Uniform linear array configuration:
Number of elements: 48
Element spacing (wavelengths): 0.75
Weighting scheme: kaiser
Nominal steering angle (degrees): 15
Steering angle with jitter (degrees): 15.335
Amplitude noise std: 0.05
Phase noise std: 0.05

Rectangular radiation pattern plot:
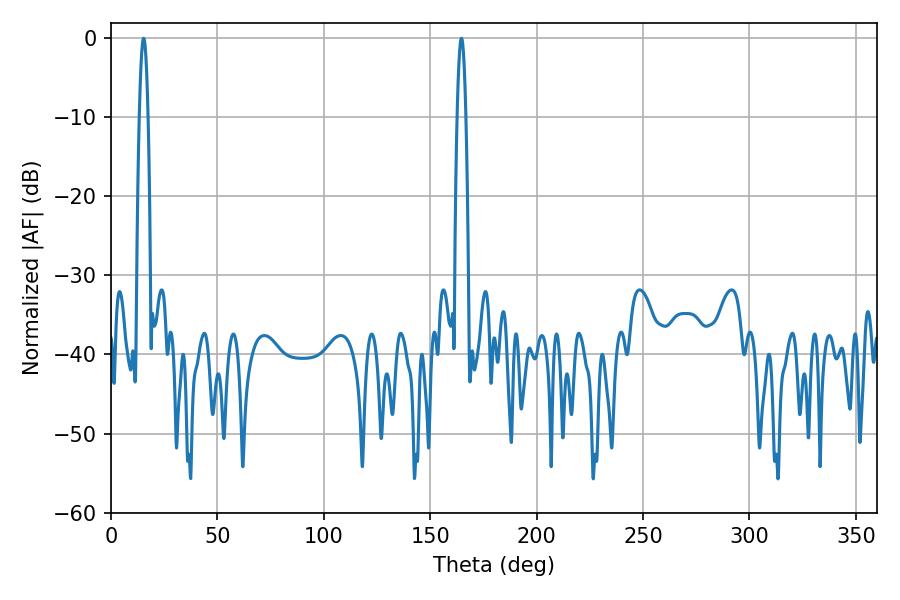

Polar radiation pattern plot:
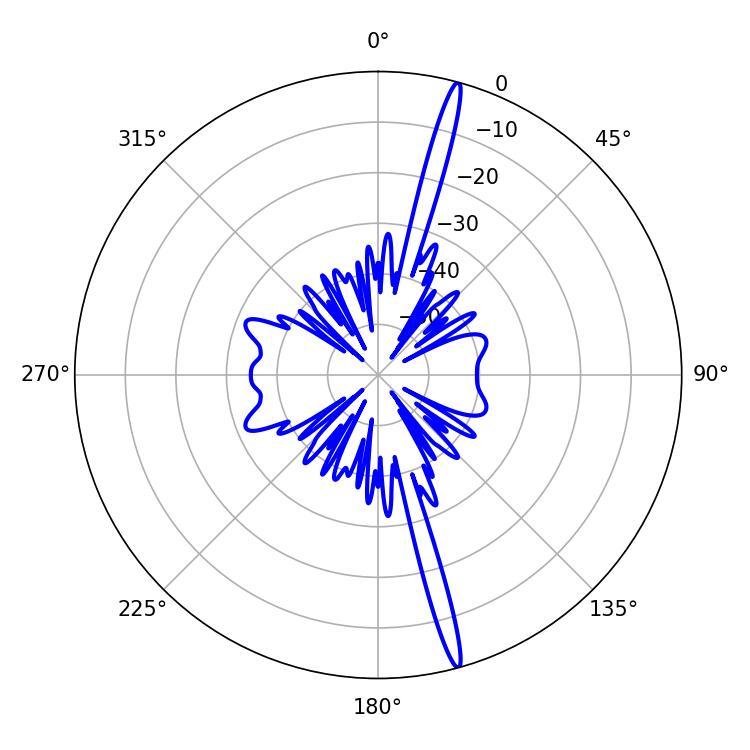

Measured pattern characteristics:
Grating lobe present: TRUE
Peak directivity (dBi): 19.466
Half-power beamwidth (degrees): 2.16
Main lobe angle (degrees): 15.3